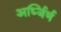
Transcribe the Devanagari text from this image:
अर्ध्जिर्ण